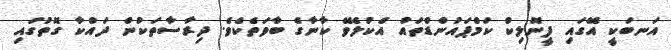
އަނބަކީ އޭގައި ފީނޮލިކް ކަމްޕައުންޑްތައް އެކުލެވޭ ކާނާގެ ބާވަތެކެވެ. ދިރާސާތަކުން ދައްކާ ގޮތުގައި